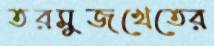
তরমুজখেতের